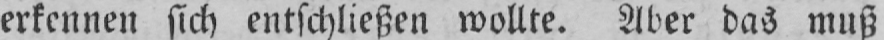
erkennen sich entschließen wollte. Aber das muß